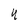
Character: 4